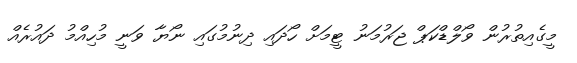
މީގެއިތުރުން ވޯލްޑްކަޕް ޖަރުމަނު ޓީމަށް ހޯދައި ދިނުމުގައި ނޯޔާ ވަނީ މުހިއްމު ދައުރެއް